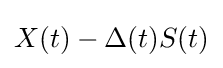
X(t)-\Delta (t)S(t)